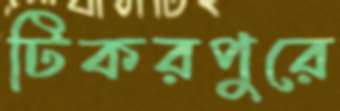
টিকরপুরে